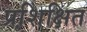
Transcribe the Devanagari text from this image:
प्रशि़क्षित